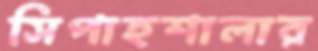
সিপাহশালার